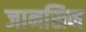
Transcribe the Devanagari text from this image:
जानसिन